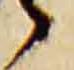
候